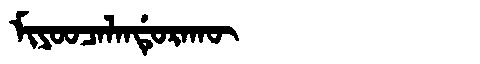
Manchu: ᠮᡳᠶᠣᠣᠴᠠᠯᠠᠨᡩᡠᡵᠠᡴᡡ
Romanization: MIYOOCALANDURAKŪ